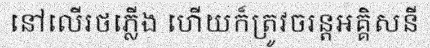
នៅលើរថភ្លើង ហើយក៏ត្រូវចរន្តអគ្គិសនី